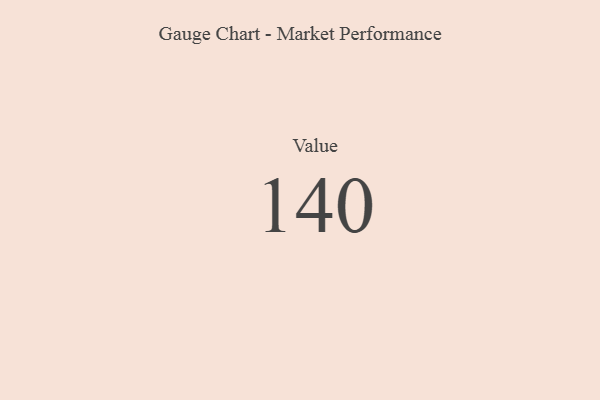
{"axis": {"x": "Metric", "y": "Value"}, "legend": [""], "data": [{"x": "Value", "y": 140, "type": ""}]}